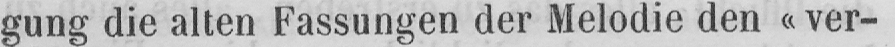
gung die alten Fassungen der Melodie den «ver-